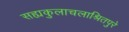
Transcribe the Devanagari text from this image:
सह्यकुलाचलाश्रितपुरे